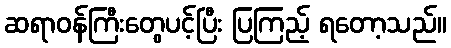
ဆရာဝန်ကြီးတွေပင့်ပြီး ပြကြည့် ရတော့သည်။